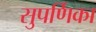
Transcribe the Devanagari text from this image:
सुपर्णिका